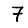
Digit: 7